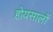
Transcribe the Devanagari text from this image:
होयसालों